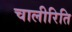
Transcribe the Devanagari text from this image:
चालीरिति